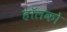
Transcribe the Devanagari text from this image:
हॉलको